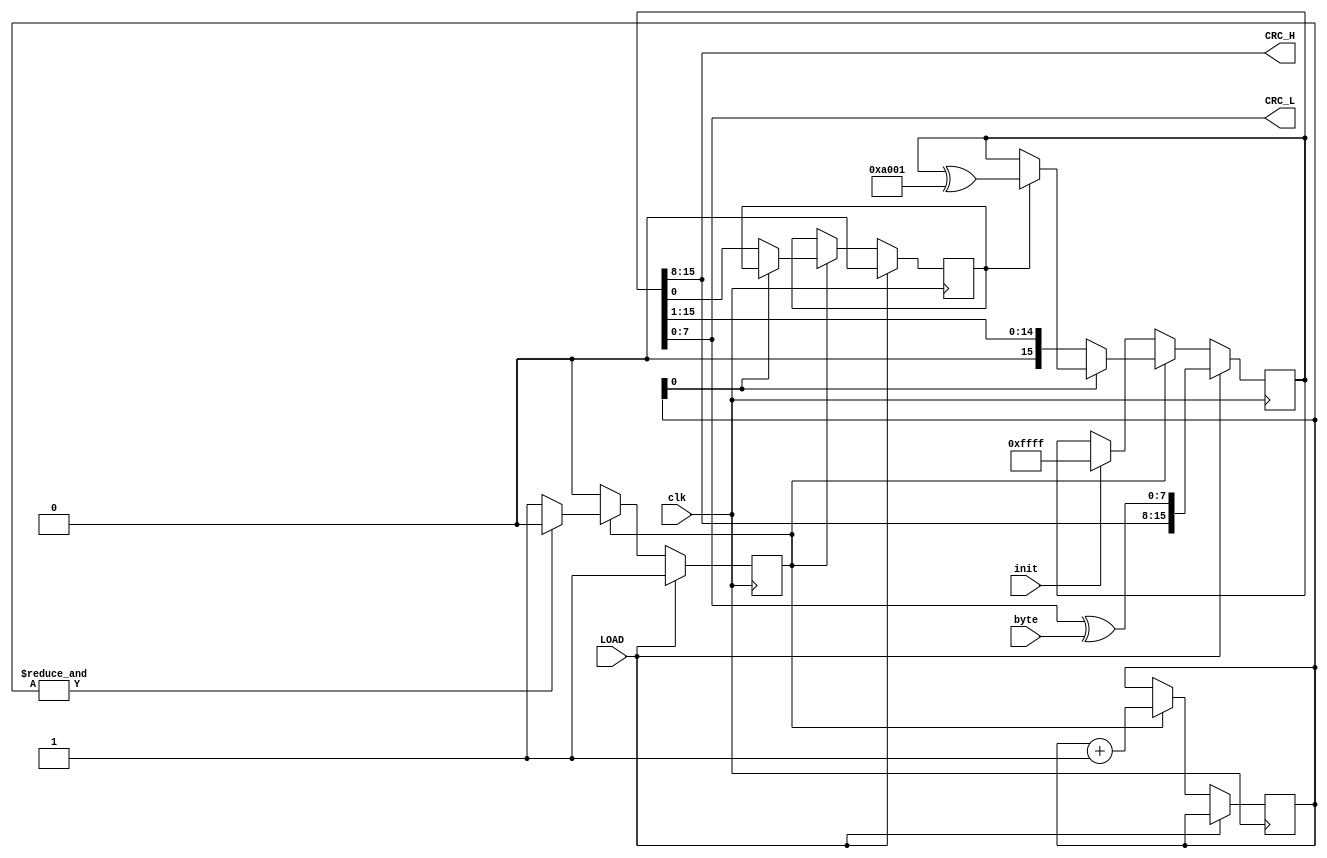
module CRC16_trans (
    input clk,
    input LOAD,
    input [7:0]byte,
    input init,
    output wire [7:0]CRC_L,
    output wire [7:0]CRC_H 
    );

    reg [15:0]CRC = 16'hFFFF;
    reg sh_bit = 0;
    reg [3:0]sh_cn = 0;  
    reg go = 0;
    wire [15:0]xor_sh = w_xor >> 1;
    wire [15:0]w_xor = (CRC ^ 16'ha001);
    assign CRC_L = CRC[7:0];
    assign CRC_H = CRC[15:8];

    always @(posedge clk)
    begin
        if (LOAD)
        begin
            CRC <= {CRC[15:8], CRC[7:0] ^ byte};
            sh_bit <= 0;
            go <= 1;
        end

        else
        begin
            if (go)
            begin
                sh_bit <= (~sh_cn[0]) ? CRC[0] : sh_bit;
                sh_cn <= sh_cn + 1;
                CRC <= (~sh_cn[0]) ? {1'b0, CRC[15:1]} : sh_bit ? CRC ^ 16'ha001 : CRC;
                go <= (&sh_cn) ? 0 : go;
            end
            else
            begin
                CRC <= init ? 16'hFFFF : CRC;
            end
        end
    end

endmodule